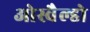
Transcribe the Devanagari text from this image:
ओस्वैल्डो